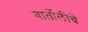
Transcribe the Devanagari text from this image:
बार्तोलीचे